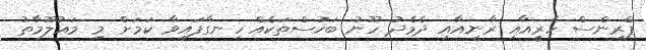
ޕްރިންސް ހެރީއާއި ރާނީއާއި ދެމެދު ހޫނު ބަހުސްތަކެއް ހިނގާފައިވާ ކަމަށް މި މަޢުލޫމާތު